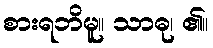
စားရဘိမူ။ သာဓု၊ ၏။